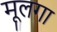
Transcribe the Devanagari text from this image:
मूलगा